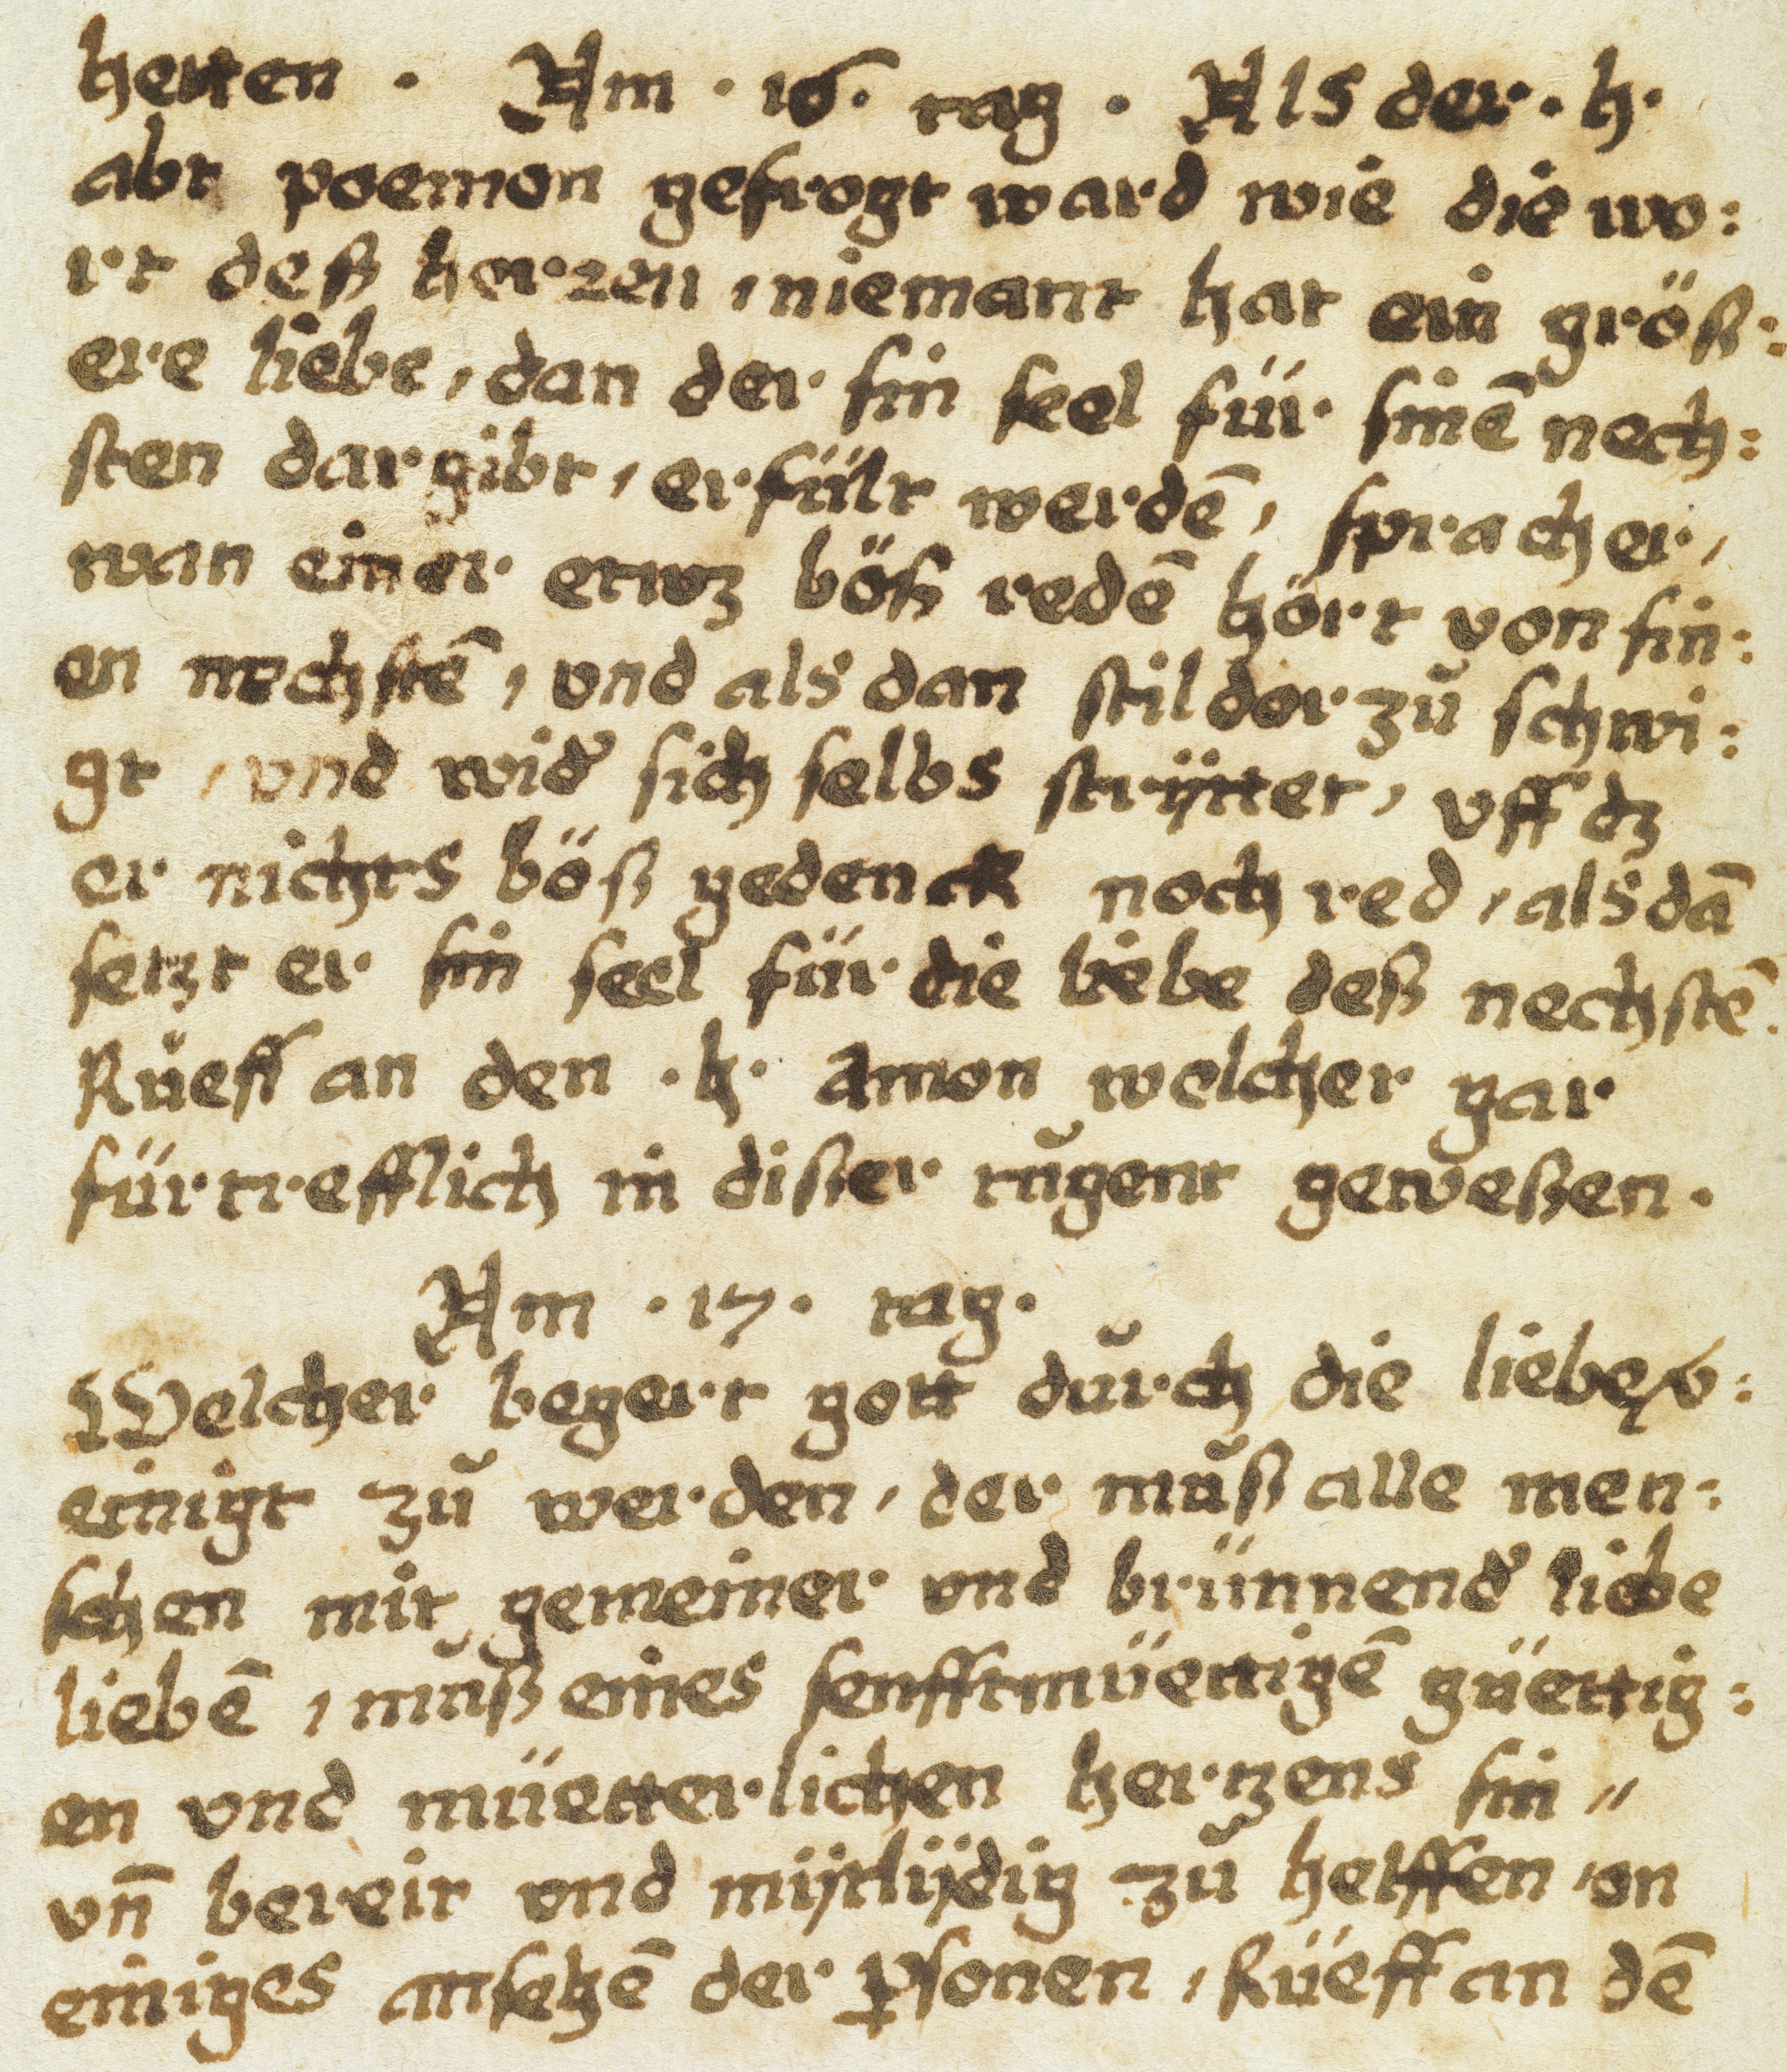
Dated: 1605–1635